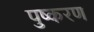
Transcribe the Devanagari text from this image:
पुष्करण